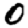
Digit: 0